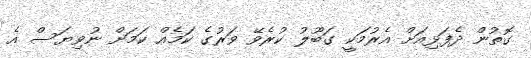
ގޮތުން ދެފަޅިއަށް އެރުމަކީ ގަބޫލު ކުރެވޭ ވަރުގެ ކަމެއް ކަމަށް ނުވިޔަސް އެ